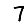
Digit: 7